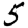
Digit: 5